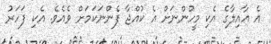
އެ އާއިލާގެ އެކި މީހުންނަށް އެ ކުއްޖާ ފެންނަކަމަށް ވެއެވެ. އެކި ފަހަރު